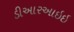
ડીઆરઆઇઇ